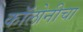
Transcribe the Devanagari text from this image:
कॉलोनीचा